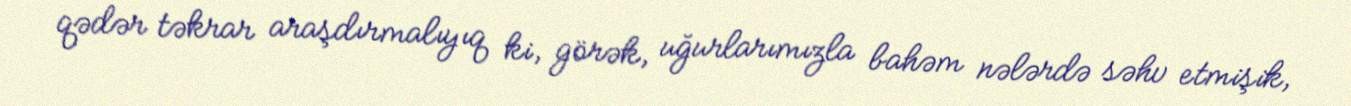
qədər təkrar araşdırmalıyıq ki, görək, uğurlarımızla bahəm nələrdə səhv etmişik,